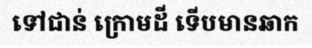
ទៅជាន់ ក្រោមដី ទើបមានឆាក